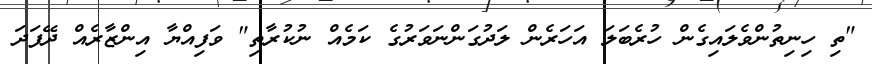
"ތި ހިނިތުންވެލައިގެން ހުރެބަލަ އަހަރެން ލަދުގަންނަވަރުގެ ކަމެއް ނުކުރާތި" ވަފިއްޔާ އިންޒާރެއް ދޭފަދަ